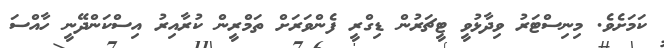
ކަމަށެވެ. މިނިސްޓަރު ވިދާޅުވީ ޓީޗަރުން ޑިގްރީ ފެންވަރަށް ތަމްރީން ކުރާއިރު އިސްކަންދޭނީ ހާއްސަ